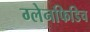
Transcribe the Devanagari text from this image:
ग्लेनफिडिच